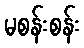
မစန်းစန်း